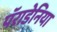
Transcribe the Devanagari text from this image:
पॅराडेनिया